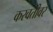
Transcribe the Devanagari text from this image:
करवतीवर